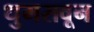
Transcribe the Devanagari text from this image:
धुमसवून